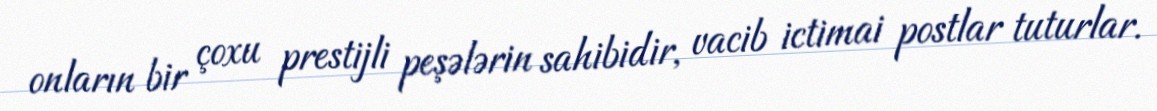
onların bir çoxu prestijli peşələrin sahibidir, vacib ictimai postlar tuturlar.